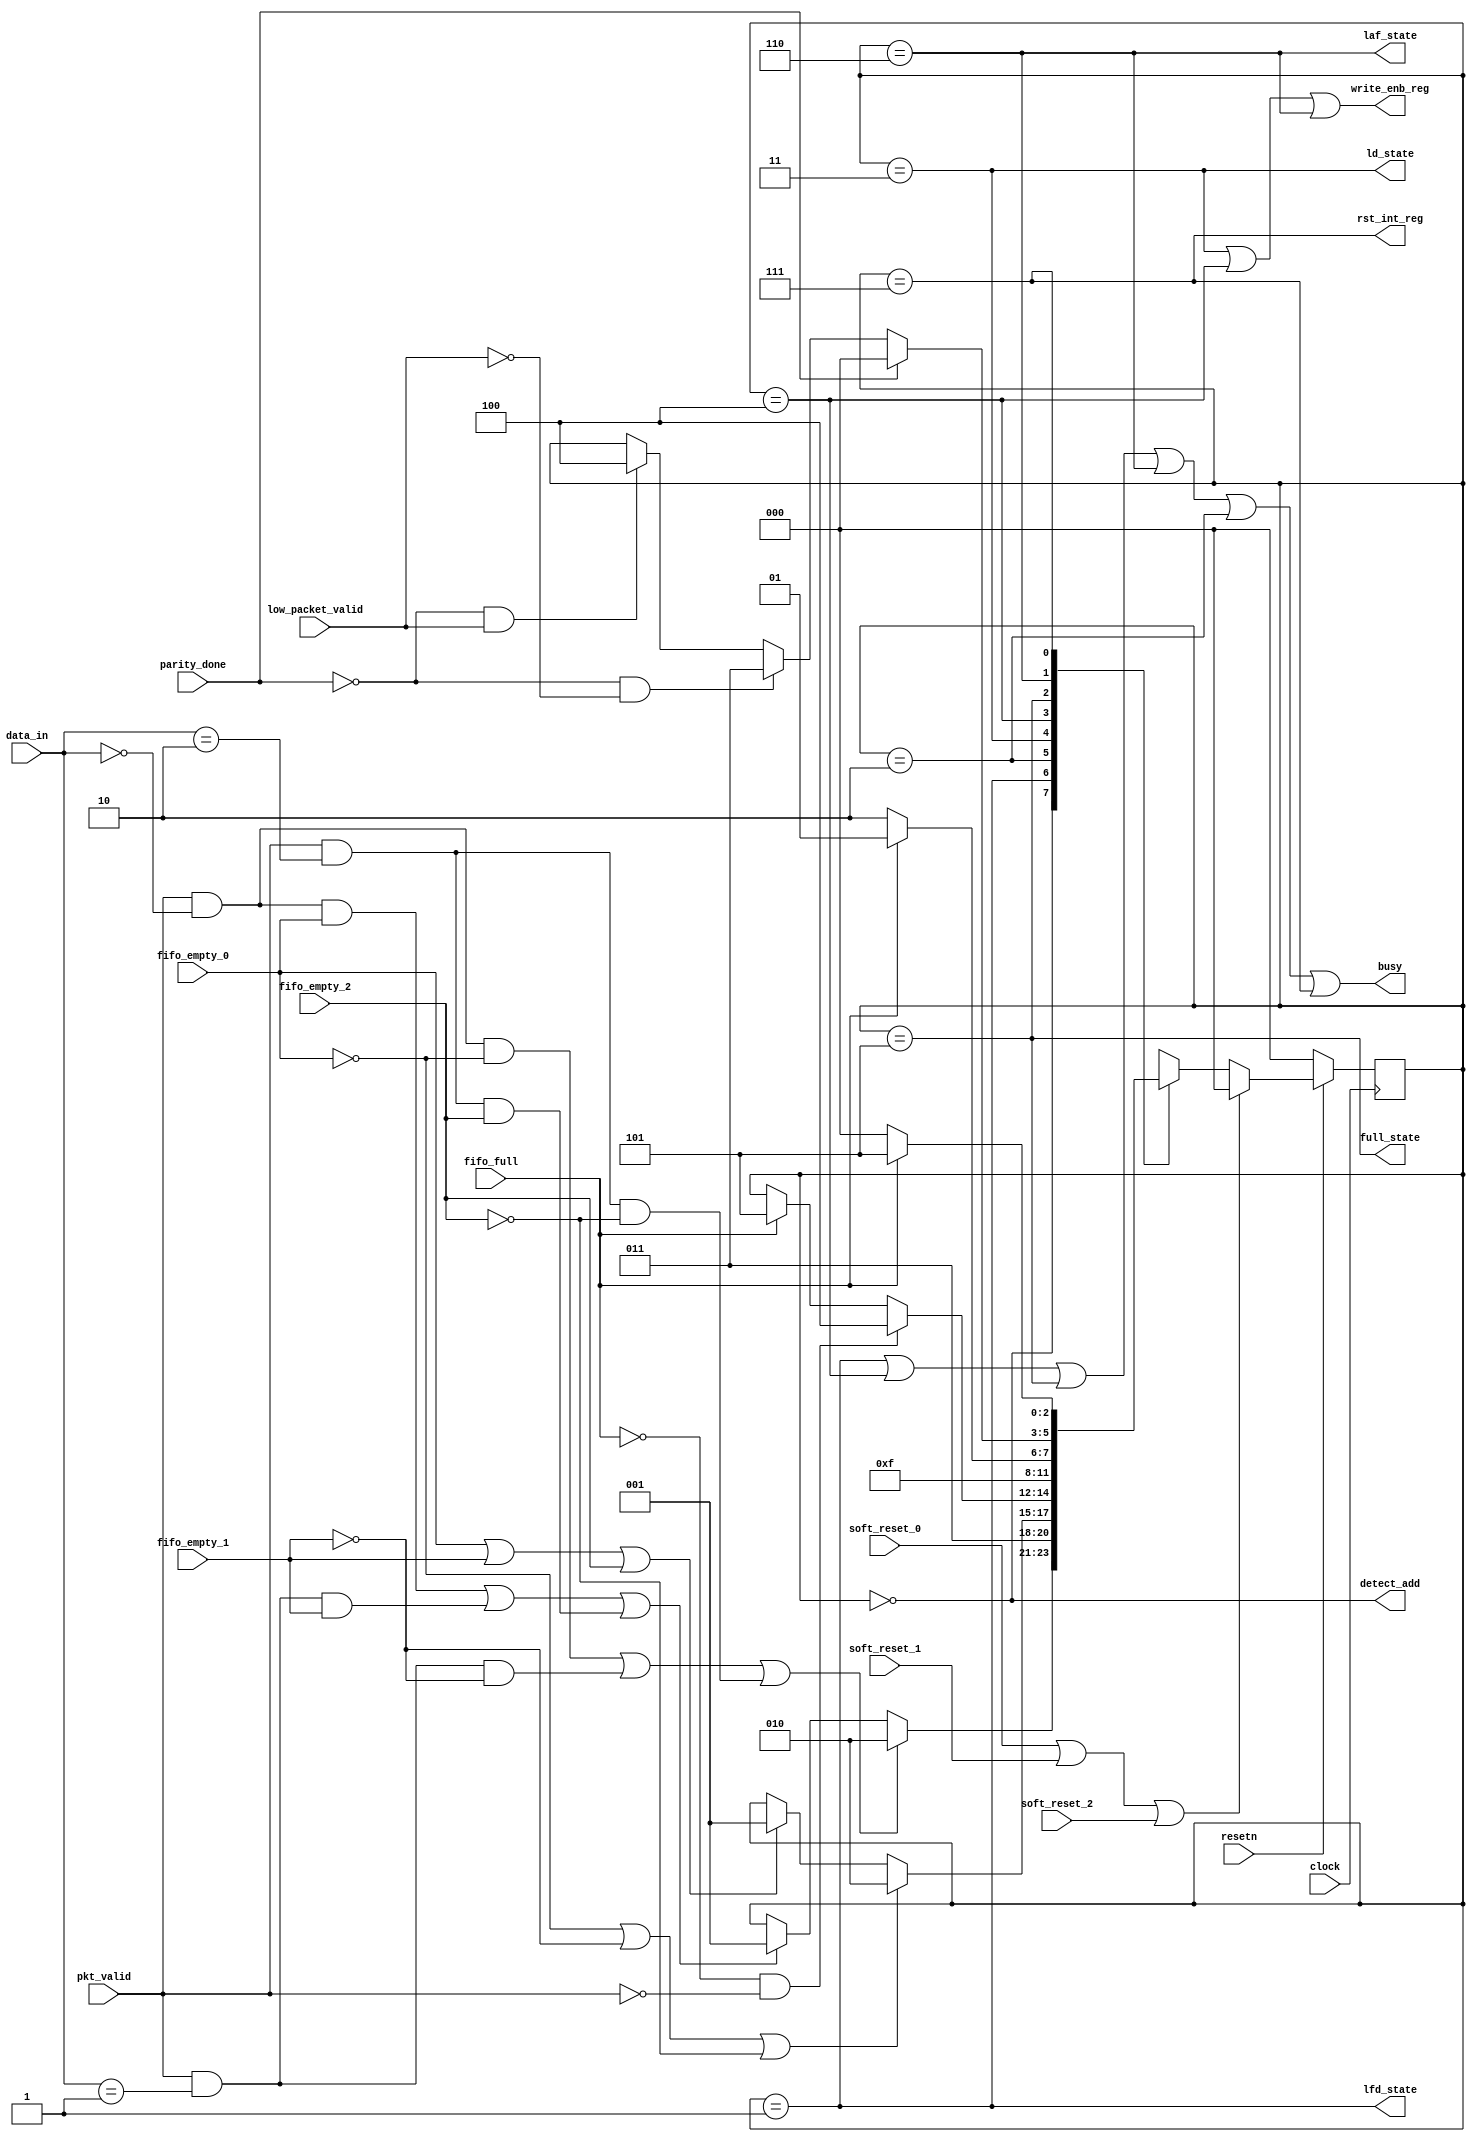
`timescale 1ns / 1ps
//////////////////////////////////////////////////////////////////////////////////
// Company: 
// Engineer: 
// 
// Design Name: 
// Module Name: router_fsm
// Project Name: 
// Target Devices: 
// Tool Versions: 
// Description: 
// 
// Dependencies: 
// 
// Revision:
// Revision 0.01 - File Created
// Additional Comments:
// 
//////////////////////////////////////////////////////////////////////////////////


module router_fsm(clock,resetn,pkt_valid,data_in,fifo_full,fifo_empty_0,fifo_empty_1,fifo_empty_2,soft_reset_0,soft_reset_1,soft_reset_2,parity_done,low_packet_valid,write_enb_reg,detect_add,ld_state,laf_state,lfd_state,full_state,rst_int_reg,busy);

input [1:0]data_in;

input clock,resetn,pkt_valid,fifo_full,fifo_empty_0,fifo_empty_1,fifo_empty_2,soft_reset_0,soft_reset_1,soft_reset_2,parity_done,low_packet_valid;

output write_enb_reg,detect_add,ld_state,laf_state,lfd_state,full_state,rst_int_reg,busy;

 // Define state constants
parameter DECODE_ADDRESS= 3'b000,
          LOAD_FIRST_DATA= 3'b001,
          WAIT_TILL_EMPTY=3'b010,
          LOAD_DATA=3'b011,
          LOAD_PARITY=3'b100,
          FIFO_FULL_STATE=3'b101,
          LOAD_AFTER_FULL=3'b110,
          CHECK_PARITY_ERROR=3'b111;
          
// Internal state registers
reg[2:0] next_state,present_state; 

// State transition logic
always@(posedge clock)
begin
  if(~resetn)
    present_state<= DECODE_ADDRESS;
 else if(soft_reset_0 || soft_reset_1 || soft_reset_2)
    present_state<=DECODE_ADDRESS;
  else
     present_state<= next_state;
end
 
// Next state logic based on current state and inputs 
always@(*)
begin
  next_state=present_state;
  case(present_state)
  DECODE_ADDRESS: begin
                 if((pkt_valid && (data_in[1:0]==2'd0) && fifo_empty_0) || 
                   (pkt_valid && (data_in[1:0]==2'd1) && fifo_empty_1) ||
                   (pkt_valid && (data_in[1:0]==2'd2) && fifo_empty_2))
                 next_state= LOAD_FIRST_DATA;
                 if((pkt_valid && (data_in[1:0]==2'd0) && ~fifo_empty_0) || 
                   (pkt_valid && (data_in[1:0]==2'd1) && ~fifo_empty_1) ||
                   (pkt_valid && (data_in[1:0]==2'd2) && ~fifo_empty_2))
                  next_state=WAIT_TILL_EMPTY;
                end

  LOAD_FIRST_DATA: next_state= LOAD_DATA;
 
  WAIT_TILL_EMPTY: begin
                 if(fifo_empty_0 || fifo_empty_1 || fifo_empty_2)
                   next_state=LOAD_FIRST_DATA;
                 if(~(fifo_empty_0) || ~(fifo_empty_1) || ~(fifo_empty_2))
                   next_state= WAIT_TILL_EMPTY;
                  end
  LOAD_DATA:  begin
            if(fifo_full==1'b1)
              next_state=FIFO_FULL_STATE;
            if(fifo_full==1'b0 && pkt_valid==1'b0)
              next_state=LOAD_PARITY;  
            end
  LOAD_PARITY: next_state= CHECK_PARITY_ERROR;

  FIFO_FULL_STATE:begin
                 if(fifo_full==1'b0)
                    next_state=LOAD_AFTER_FULL;
                 if(fifo_full==1'b1)
                    next_state=FIFO_FULL_STATE;
                  end
  LOAD_AFTER_FULL:begin 
                if(parity_done==1'b0 && low_packet_valid==1'b1)
                   next_state=LOAD_PARITY;
                 if(parity_done==1'b0 && low_packet_valid==1'b0)
                   next_state=LOAD_DATA;
                 if(parity_done)
                   next_state=DECODE_ADDRESS;
                 end
  CHECK_PARITY_ERROR: begin
                     if(!fifo_full)
                      next_state= DECODE_ADDRESS;
                    if(fifo_full)
                      next_state= FIFO_FULL_STATE; 
                     end
  endcase
end

assign detect_add= (present_state==DECODE_ADDRESS); 

assign lfd_state=(present_state==LOAD_FIRST_DATA);

assign busy= ((present_state==LOAD_FIRST_DATA)||(present_state==LOAD_PARITY)||(present_state==FIFO_FULL_STATE)||(present_state==LOAD_AFTER_FULL)||(present_state==WAIT_TILL_EMPTY)||(present_state==CHECK_PARITY_ERROR));

assign ld_state= (present_state==LOAD_DATA);

assign write_enb_reg= ((present_state==LOAD_DATA)||(present_state==LOAD_PARITY)||(present_state==LOAD_AFTER_FULL));

assign full_state=(present_state==FIFO_FULL_STATE);

assign laf_state=(present_state==LOAD_AFTER_FULL);

assign rst_int_reg=(present_state==CHECK_PARITY_ERROR);

endmodule